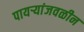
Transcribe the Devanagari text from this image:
पायऱ्यांजवळीन